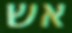
אש